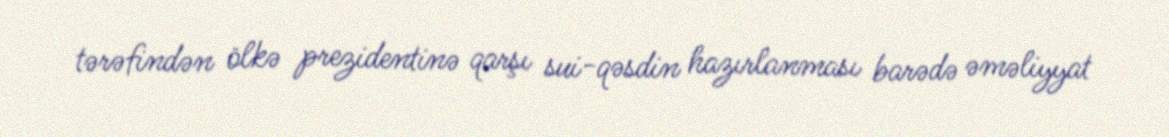
tərəfindən ölkə prezidentinə qarşı sui-qəsdin hazırlanması barədə əməliyyat